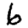
Digit: 6